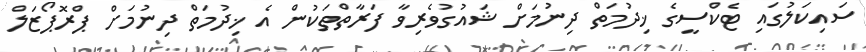
ސައިކަލުގައި ޓެކްސީގެ ޚިދުމަތް ދިނުމަށް ޝައުގުވެރިވާ ފަރާތްތަކުން އެ ޚިދުމަތް ދިނުމަށް ޕްރޮޕޯޒަލް